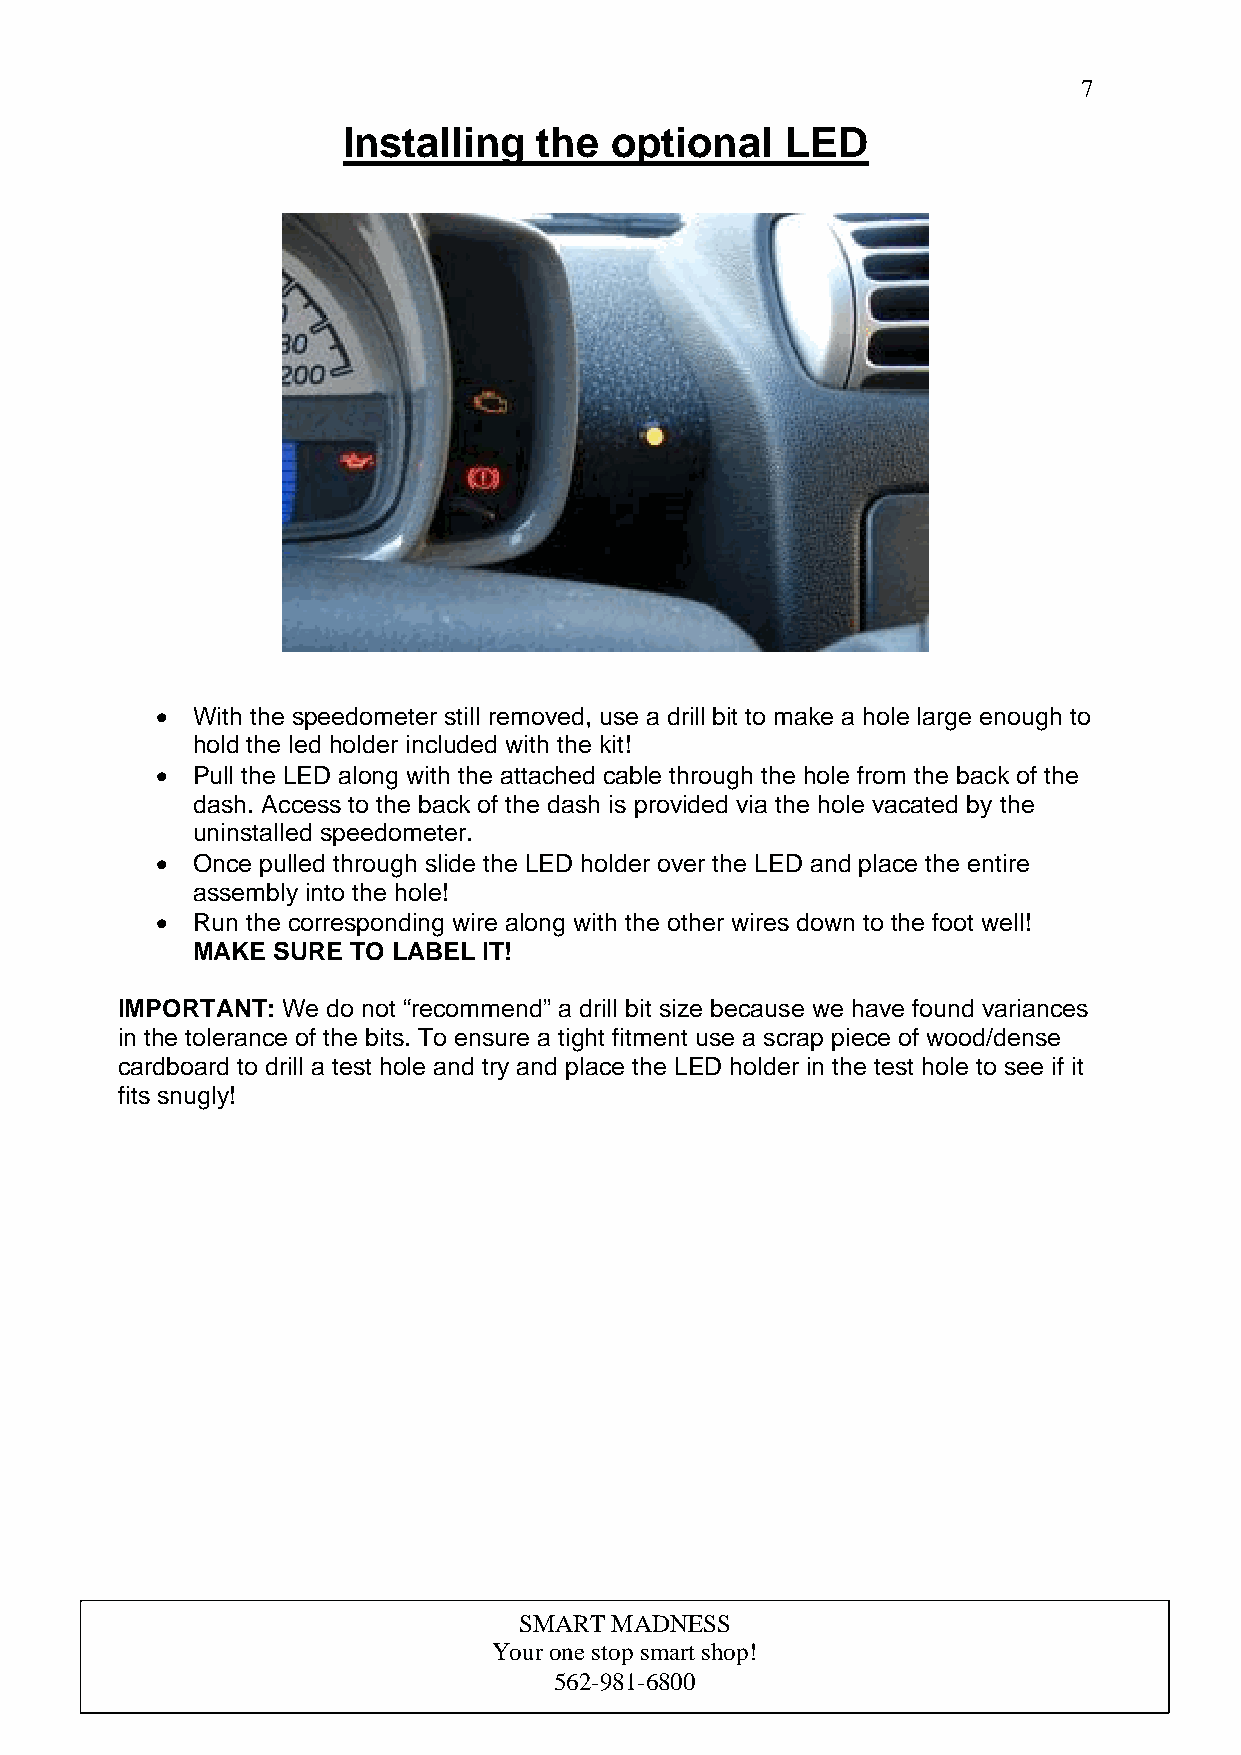
7
 Installing   the optional    LED
 This LED is red when
 ignition is on.
 •  With the speedometer still removed, use a drill bit to make a hole large enough to
 hold the led holder included with the kit!
 •  Pull the LED along with the attached cable through the hole from the back of the
 dash. Access to the back of the dash is provided via the hole vacated by the
 uninstalled speedometer.
 •  Once pulled through slide the LED holder over the LED and place the entire
 assembly into the hole!
 •  Run the corresponding wire along with the other wires down to the foot well!
 MAKE SURE TO LABEL IT!
 IMPORTANT: We do not “recommend” a drill bit size because we have found variances
 in the tolerance of the bits. To ensure a tight fitment use a scrap piece of wood/dense
 cardboard to drill a test hole and try and place the LED holder in the test hole to see if it
 fits snugly!
 SMART MADNESS
 Your one stop smart shop!
 562-981-6800